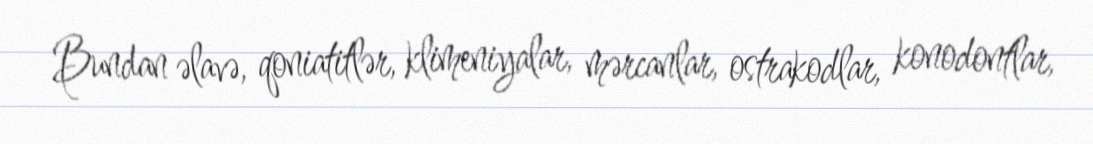
Bundan əlavə, qoniatitlər, klimeniyalar, mərcanlar, ostrakodlar, konodontlar,